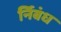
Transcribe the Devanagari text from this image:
र्निबंध